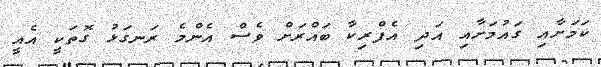
ކަމަށާއި ގައުމަށާއި އަދި އެފްރިކާ ބައްރަށް ވެސް އެންމެ ރަނގަޅު ގޮތަކީ އެއީ